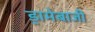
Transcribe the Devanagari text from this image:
ड्रामेबाजी